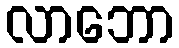
လာဘော